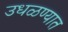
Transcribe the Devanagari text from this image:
उधळण्यात